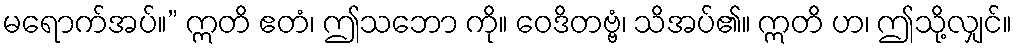
မရောက်အပ်။” ဣတိ ဧတံ၊ ဤသဘော ကို။ ဝေဒိတဗ္ဗံ၊ သိအပ်၏။ ဣတိ ဟ၊ ဤသို့လျှင်။